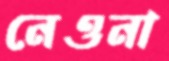
নেওনা